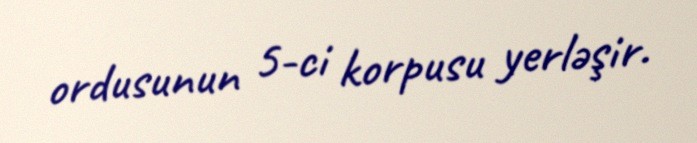
ordusunun 5-ci korpusu yerləşir.